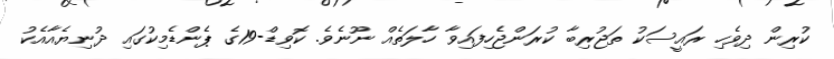
ކުރިން ދިވެހި ރައީސަކު ތަޖުރިބާ ކުރަންޖެހިފައިވާ ހާލަތެއް ނޫނެވެ. ކޮވިޑް-19ގެ ޕެންޑެމިކުގައި ދުނިޔެއާއެކު